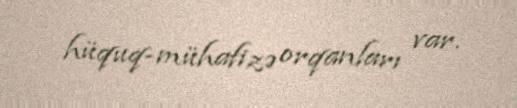
hüquq-mühafizə orqanları var.